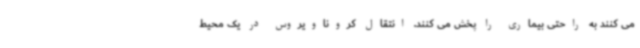
می کنند به راحتی بیماری را پخش می کنند. انتقال کروناویروس در یک محیط